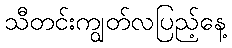
သီတင်းကျွတ်လပြည့်နေ့